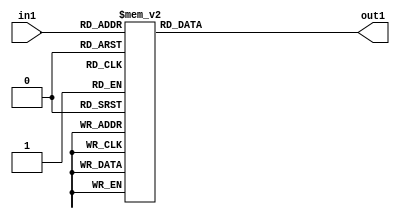
`timescale 1ns / 1ps

module decoder_7seg(in1,out1);
input [3:0] in1;
output reg [6:0] out1;

always @ (in1)
case(in1)
    4'b0000 : out1 = 7'b1000000; //0
    4'b0001 : out1 = 7'b1111001; //1
    4'b0010 : out1 = 7'b0100100; //2
    4'b0011 : out1 = 7'b0110000; //3
    4'b0100 : out1 = 7'b0011001; //4
    4'b0101 : out1 = 7'b0010010; //5
    4'b0110 : out1 = 7'b0000010; //6
    4'b0111 : out1 = 7'b1111000; //7
    4'b1000 : out1 = 7'b0000000; //8
    4'b1001 : out1 = 7'b0010000; //9
    4'b1010 : out1 = 7'b0001000; //A
    4'b1011 : out1 = 7'b0000011; //B
    4'b1100 : out1 = 7'b1000110; //C
    4'b1101 : out1 = 7'b0100001; //D
    4'b1110 : out1 = 7'b0000110; //E
    4'b1111 : out1 = 7'b0001110; //F
endcase
endmodule

module car_park(c,s);
input [8:0] s;
output reg [3:0] c;
always @(s)
c=s[8]+s[7]+s[6]+s[5]+s[4]+s[3]+s[2]+s[1]+s[0];
endmodule

module car_park_TM(led,sw,seg,an);

input [8:0] sw;
output [3:0] led;
output [6:0] seg;
output [3:0] an;

assign an = 4'b1110;

car_park park1(.c(led),.s(sw));
decoder_7seg ss(led,seg);

endmodule